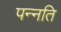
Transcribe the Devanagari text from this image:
पन्नति